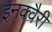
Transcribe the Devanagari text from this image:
इनक्वैरी